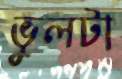
ভুলটা